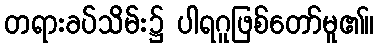
တရားခပ်သိမ်း၌ ပါရဂူဖြစ်တော်မူ၏။